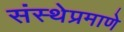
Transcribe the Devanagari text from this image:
संस्थेप्रमाणे